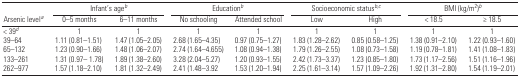
|  | <COLSPAN=2> Infant’s ageb | <COLSPAN=2> Educationb | <COLSPAN=2> Socioeconomic statusb,c | <COLSPAN=2> BMI (kg/m2)b |
 | Arsenic levela | 0–5 months | 6–11 months | No schooling | Attended school | Low | High | < 18.5 | ≥ 18.5 |
 | --- | --- | --- | --- | --- | --- | --- | --- | --- |
 | < 39d | 1 | 1 | 1 | 1 | 1 | 1 | 1 | 1 |
 | 39–64 | 1.11 (0.81–1.51) | 1.47 (1.05–2.05) | 2.68 (1.65–4.35) | 0.97 (0.75–1.27) | 1.83 (1.28–2.62) | 0.85 (0.58–1.25) | 1.38 (0.91–2.10) | 1.22 (0.93–1.60) |
 | 65–132 | 1.23 (0.90–1.66) | 1.48 (1.06–2.07) | 2.74 (1.64–4.655) | 1.08 (0.94–1.38) | 1.79 (1.26–2.55) | 1.08 (0.73–1.58) | 1.19 (0.78–1.81) | 1.41 (1.08–1.83) |
 | 133–261 | 1.31 (0.97– 1.78) | 1.89 (1.38–2.60) | 3.28 (2.04–5.27) | 1.20 (0.93–1.55) | 2.42 (1.73–3.37) | 1.23 (0.85–1.80) | 1.73 (1.17–2.56) | 1.51 (1.16–1.96) |
 | 262–977 | 1.57 (1.18–2.10) | 1.81 (1.32–2.49) | 2.41 (1.48–3.92 | 1.53 (1.20–1.94) | 2.25 (1.61–3.14) | 1.57 (1.09–2.26) | 1.92 (1.31–2.80) | 1.54 (1.19–2.01) |